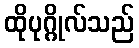
ထိုပုဂ္ဂိုလ်သည်